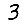
Digit: 3